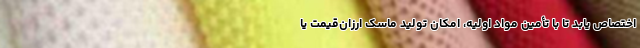
اختصاص یابد تا با تأمین مواد اولیه، امکان تولید ماسک ارزان‌قیمت یا